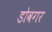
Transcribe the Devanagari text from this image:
डोवगर